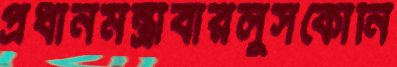
প্রধানমন্ত্রীবারলুসকোনি